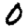
Digit: 0